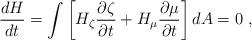
LaTeX: \begin{align*}\frac{dH}{dt}= \int \left[ H_{\zeta} \frac{\partial \zeta}{\partial t} + H_{\mu} \frac{\partial \mu}{\partial t} \right] dA = 0~, \end{align*}